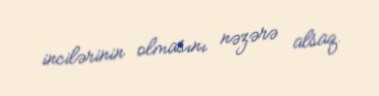
incilərinin olmasını nəzərə alsaq.